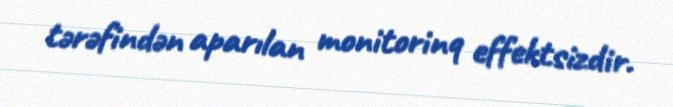
tərəfindən aparılan monitorinq effektsizdir.